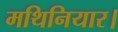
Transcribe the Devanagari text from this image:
मथिनियार।